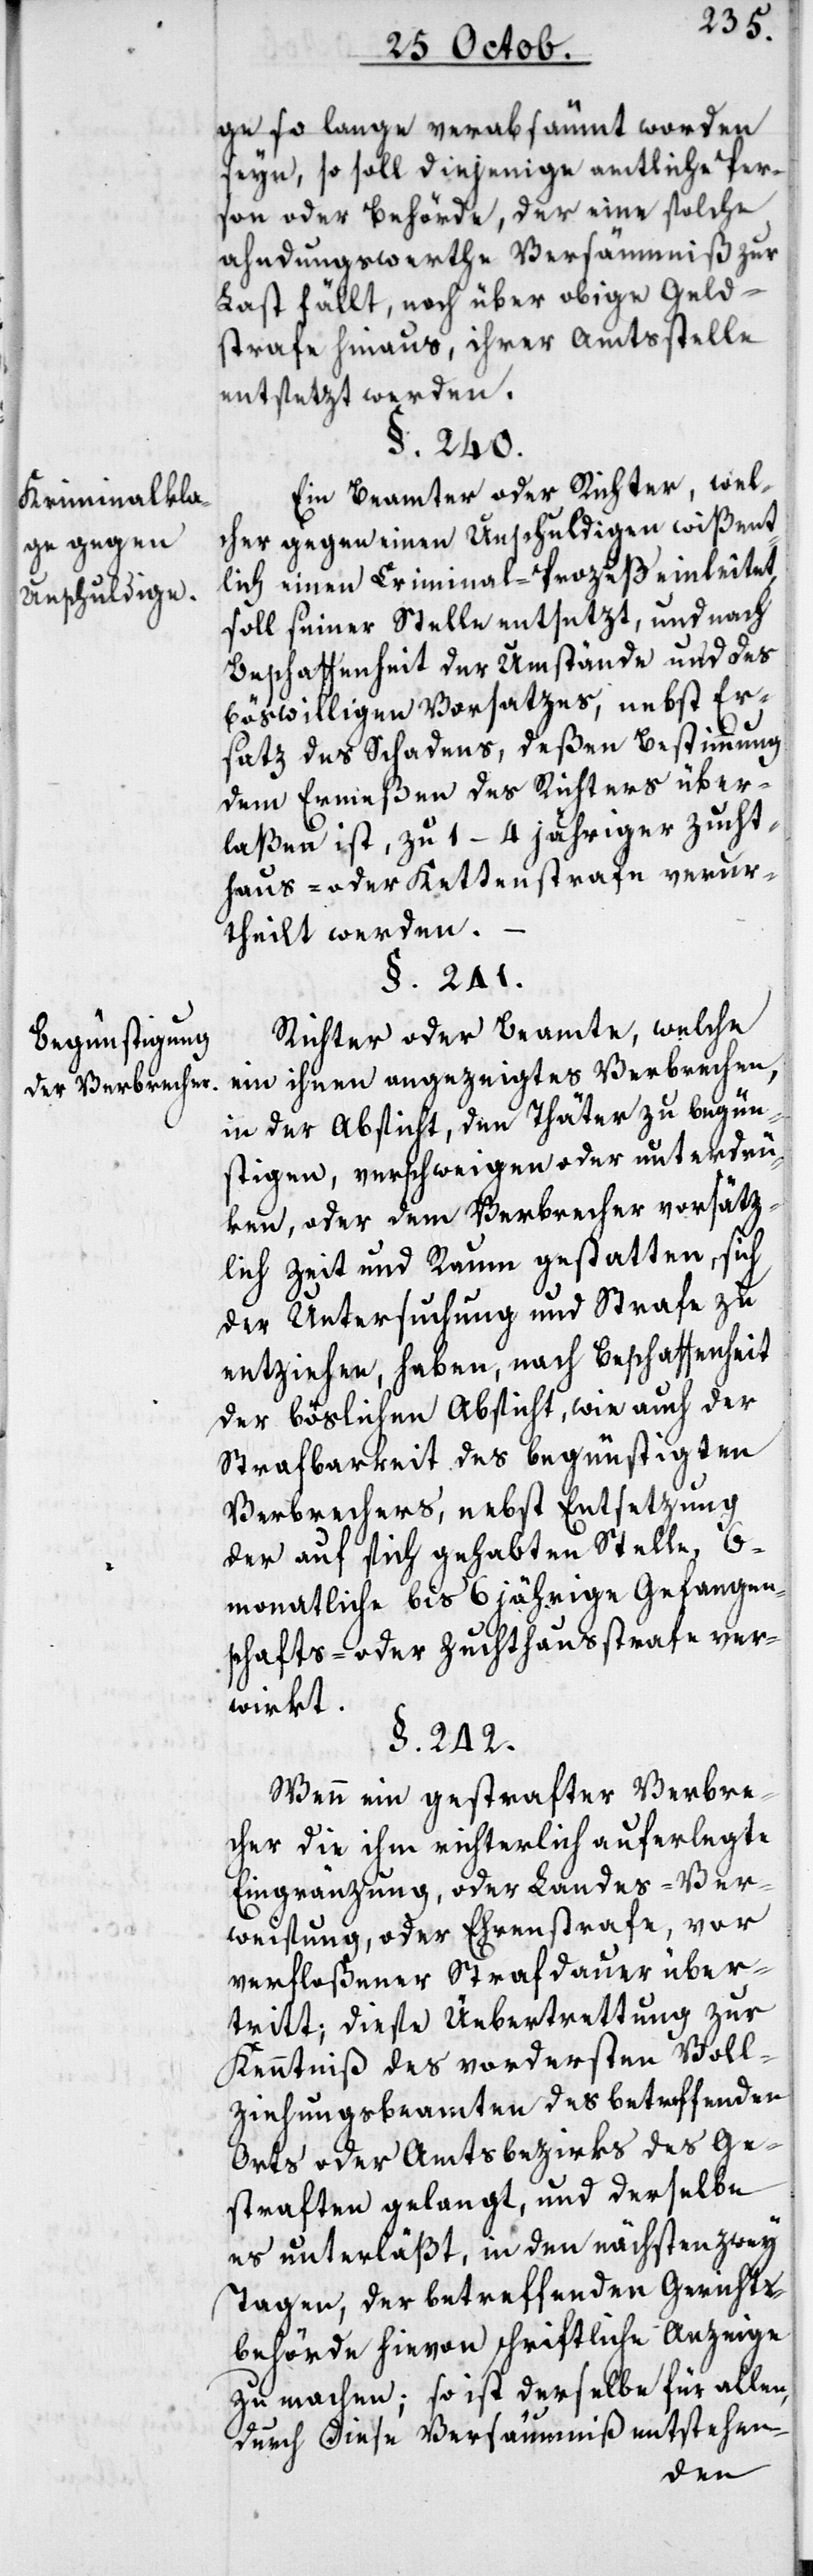
Kriminalkla¬
ge gegen
Unschuldige.
Begünstigung
der Verbrecher.

ge so lange verabsäumt worden
seyn, so soll diejenige amtliche Per¬
son oder Behörde, der eine solche
ahndungswerthe Versäumnis zur
Last fällt, noch über obige Geld¬
strafe hinaus, ihrer Amtsstelle
entsezt werden.
§. 240.
Ein Beamter oder Richter, wel¬
cher gegen einen Unschuldigen wißent¬
lich einen Criminal-Prozeß einleitet,
soll seiner Stelle entsetzt, und nach
Beschaffenheit der Umstände und des
böswilligen Vorsatzes, nebst Er¬
satz des Schadens, deßen Bestimmung
dem Ermeßen des Richtens über¬
laßen ist, zu 1–4 jähriger Zucht¬
haus- oder Kettenstrafe verur¬
theilt werden.
§. 241.
Richter oder Beamte, welche
ein ihnen angezeigtes Verbrechen
in der Absicht, den Thäter zu begün¬
stigen, verschweigen oder unterdrü¬
ken, oder dem Verbrecher vorsätz¬
lich Zeit und Raum gestatten, sich
der Untersuchung und Strafe zu
entziehen, haben nach Beschaffenheit
der böslichen Absicht, wie auch der
Strafbarkeit des begünstigten
Verbrechers, nebst Entsetzung
der auf sich gehabten Stelle, 6-m¬
onatliche bis 6 jährige Gefangen¬
schafts- oder Zuchthausstrafe ver¬
wirkt.
§. 242.
Wenn ein gestrafter Verbre¬
cher die ihm richterlich auferlegte
Eingränzung oder Landes-Ver¬
weisung oder Ehrenstrafe, vor
verfloßener Strafdauer über¬
tritt; diese Übertretung zur
Kenntniß des vordersten Voll¬
ziehungsbeamten des betreffenden
Orts oder Amtsbezirks des Ge¬
straften gelangt, und derselbe
es unterläßt, in den nächsten zwey
Tagen, der betreffenden Gerichts¬
behörde hievon schriftliche Anzeige
zu machen; so ist derselbe für allen,
durch diese Versäumnis entstehen-